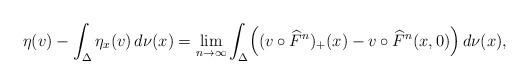
LaTeX: \begin{align*}\eta(v)-\int_\Delta\eta_x(v)\,d\nu(x) & =\lim_{n\to\infty}\int_\Delta \Bigl((v\circ \widehat F^n)_+(x)-v\circ \widehat F^n(x,0)\Bigr)\,d\nu(x),\end{align*}